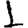
Digit: 1